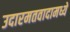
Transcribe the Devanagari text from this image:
उदारमतवादामध्ये